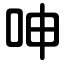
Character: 呻